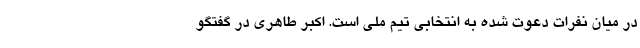
در میان نفرات دعوت شده به انتخابی تیم ملی است. اکبر طاهری در گفتگو